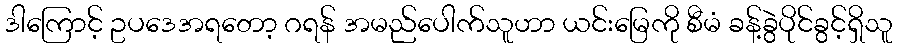
ဒါကြောင့် ဥပဒေအရတော့ ဂရန် အမည်ပေါက်သူဟာ ယင်းမြေကို စီမံ ခန့်ခွဲပိုင်ခွင့်ရှိသူ